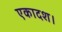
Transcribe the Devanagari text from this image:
एकादश।